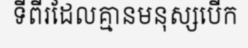
ទីពីរដែលគ្មានមនុស្សបើក